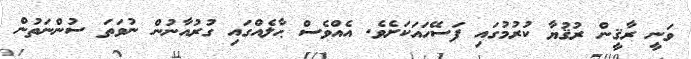
ވަނީ ރާޤީން ރުޤުޔާ ކުރުމުގައި ފަސޭހައަކަށެވެ. އެއްވެސް ޙާލެެއްގައި ގުރުއާނުން ނުވަތަ ސުންނަތުން